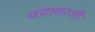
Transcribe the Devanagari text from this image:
वयलारजी